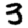
Digit: 3